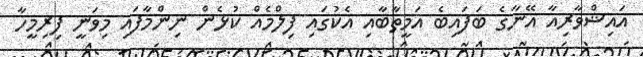
އައިޝްވާރިއާ އޭނާގެ ބަފައިބެ އަމީތާބާއި އެކުގައި ފިލްމެއް ކުޅެން ނިންމާފައި މިވަނީ ފިރިމީހާ